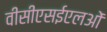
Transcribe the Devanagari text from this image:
वीसीएसईएलओं